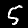
Digit: 5